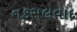
નકસલવાદ